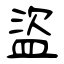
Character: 盜